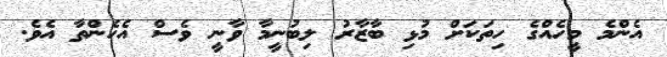
އެންމެ މީހެއްގެ ހިތަކަށް މުޅި ބާޒާރު ލިބުނީމާ ވާނީ ވެސް އެހެންތާ އެވެ.